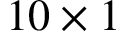
1 0 \times 1